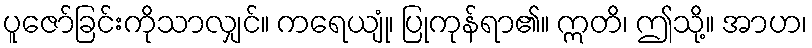
ပူဇော်ခြင်းကိုသာလျှင်။ ကရေယျုံ၊ ပြုကုန်ရာ၏။ ဣတိ၊ ဤသို့။ အာဟ၊